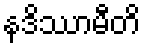
နဒိဿာမီတိ